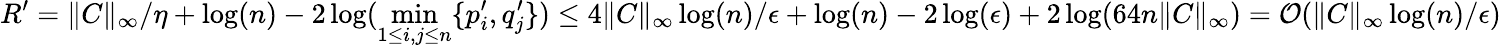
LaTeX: R^{\prime}=\Vert C\Vert_{\infty}/\eta+\log(n)-2\log(\operatorname*{min}_{1\leq i,j\leq n}\{ p_{i}^{\prime},q_{j}^{\prime}\} )\leq 4\Vert C\Vert_{\infty}\log(n)/\epsilon+\log(n)-2\log(\epsilon)+2\log(64n\| C\| _{\infty})=\mathcal{O}(\Vert C\Vert_{\infty}\log(n)/\epsilon)